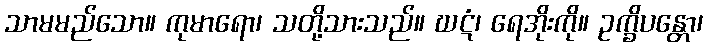
သာမမည်သော။ ကုမာရော၊ သတို့သားသည်။ ဃဋံ၊ ရေအိုးကို။ ဥက္ခိပန္တော၊